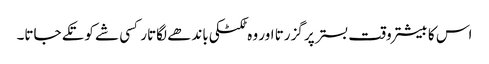
اس کا بیشتر وقت بستر پر گزرتا اور وہ ٹکٹکی باندھے لگاتار کسی شے کو تکے جاتا۔